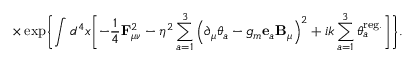
\times \exp \Biggl \{ \int d ^ { 4 } x \Biggl [ - \frac 1 4 { \bf F } _ { \mu \nu } ^ { 2 } - \eta ^ { 2 } \sum _ { a = 1 } ^ { 3 } \left( \partial _ { \mu } \theta _ { a } - g _ { m } { \bf e } _ { a } { \bf B } _ { \mu } \right) ^ { 2 } + i k \sum _ { a = 1 } ^ { 3 } \theta _ { a } ^ { \mathrm { r e g . } } \Biggr ] \Biggr \} .